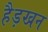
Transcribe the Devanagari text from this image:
हैड़खन